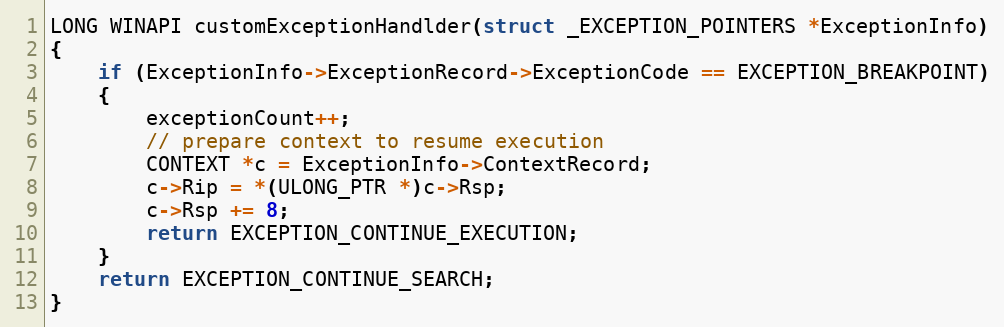
Language: C
LONG WINAPI customExceptionHandlder(struct _EXCEPTION_POINTERS *ExceptionInfo)
{
    if (ExceptionInfo->ExceptionRecord->ExceptionCode == EXCEPTION_BREAKPOINT)
    {
        exceptionCount++;
        // prepare context to resume execution
        CONTEXT *c = ExceptionInfo->ContextRecord;
        c->Rip = *(ULONG_PTR *)c->Rsp;
        c->Rsp += 8;
        return EXCEPTION_CONTINUE_EXECUTION;
    }
    return EXCEPTION_CONTINUE_SEARCH;
}